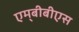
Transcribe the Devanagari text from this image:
एम्‌बीबीएस